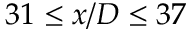
3 1 \le x / D \le 3 7